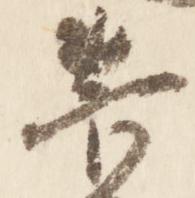
菅